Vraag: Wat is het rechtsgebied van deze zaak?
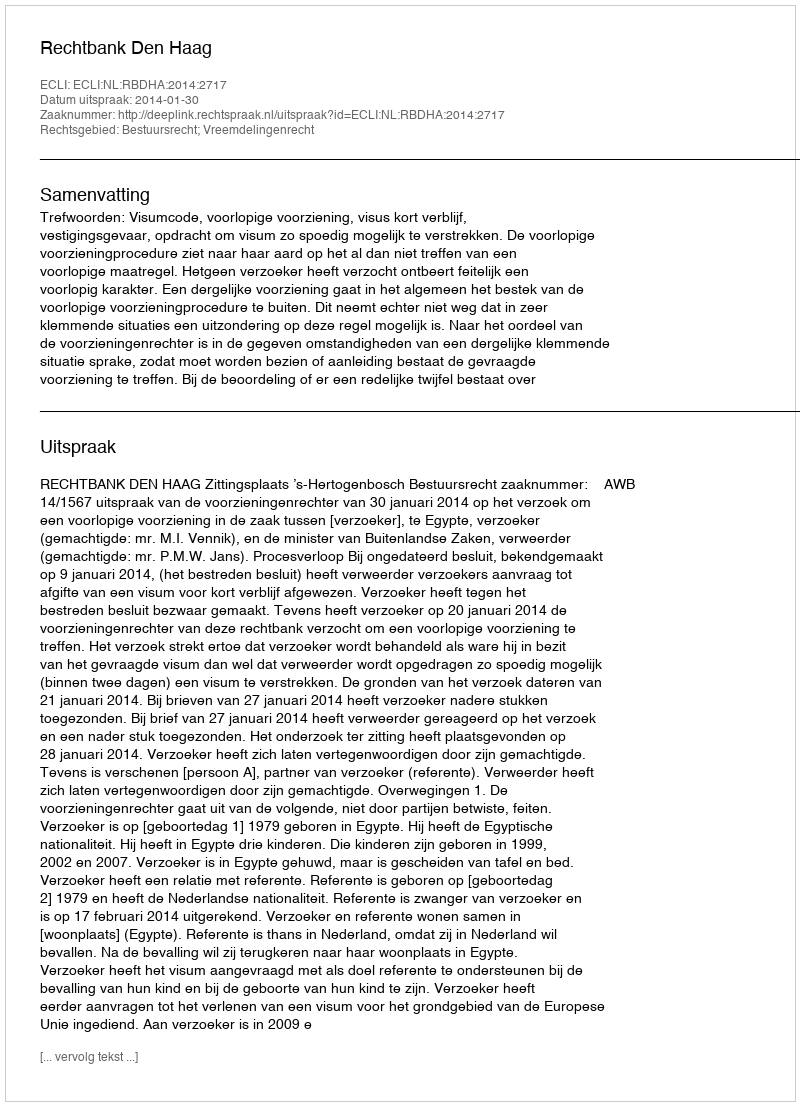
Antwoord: Bestuursrecht; Vreemdelingenrecht